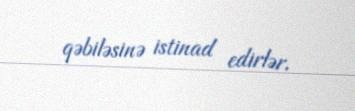
qəbiləsinə istinad edirlər.